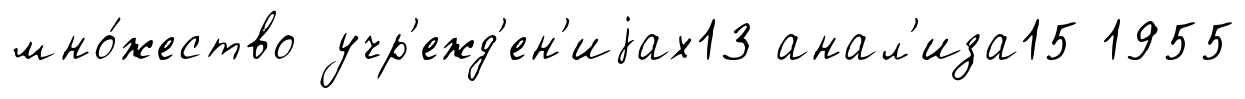
мно́жество учр'ежд'ен'иjах13 анал'иза15 1955